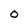
Character: 0